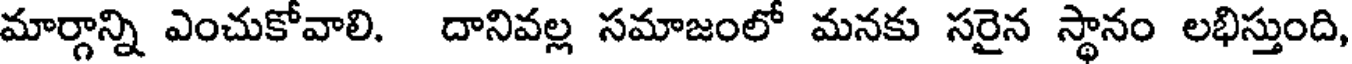
మార్గాన్ని ఎంచుకోవాలి. దానివల్ల సమాజంలో మనకు సరైన స్థానం లభిస్తుంది,